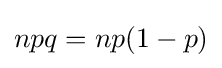
npq=np(1-p)